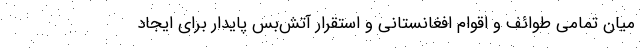
میان تمامی طوائف و اقوام افغانستانی و استقرار آتش‌بس پایدار برای ایجاد